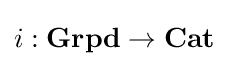
i:\mathbf {Grpd} \to \mathbf {Cat}